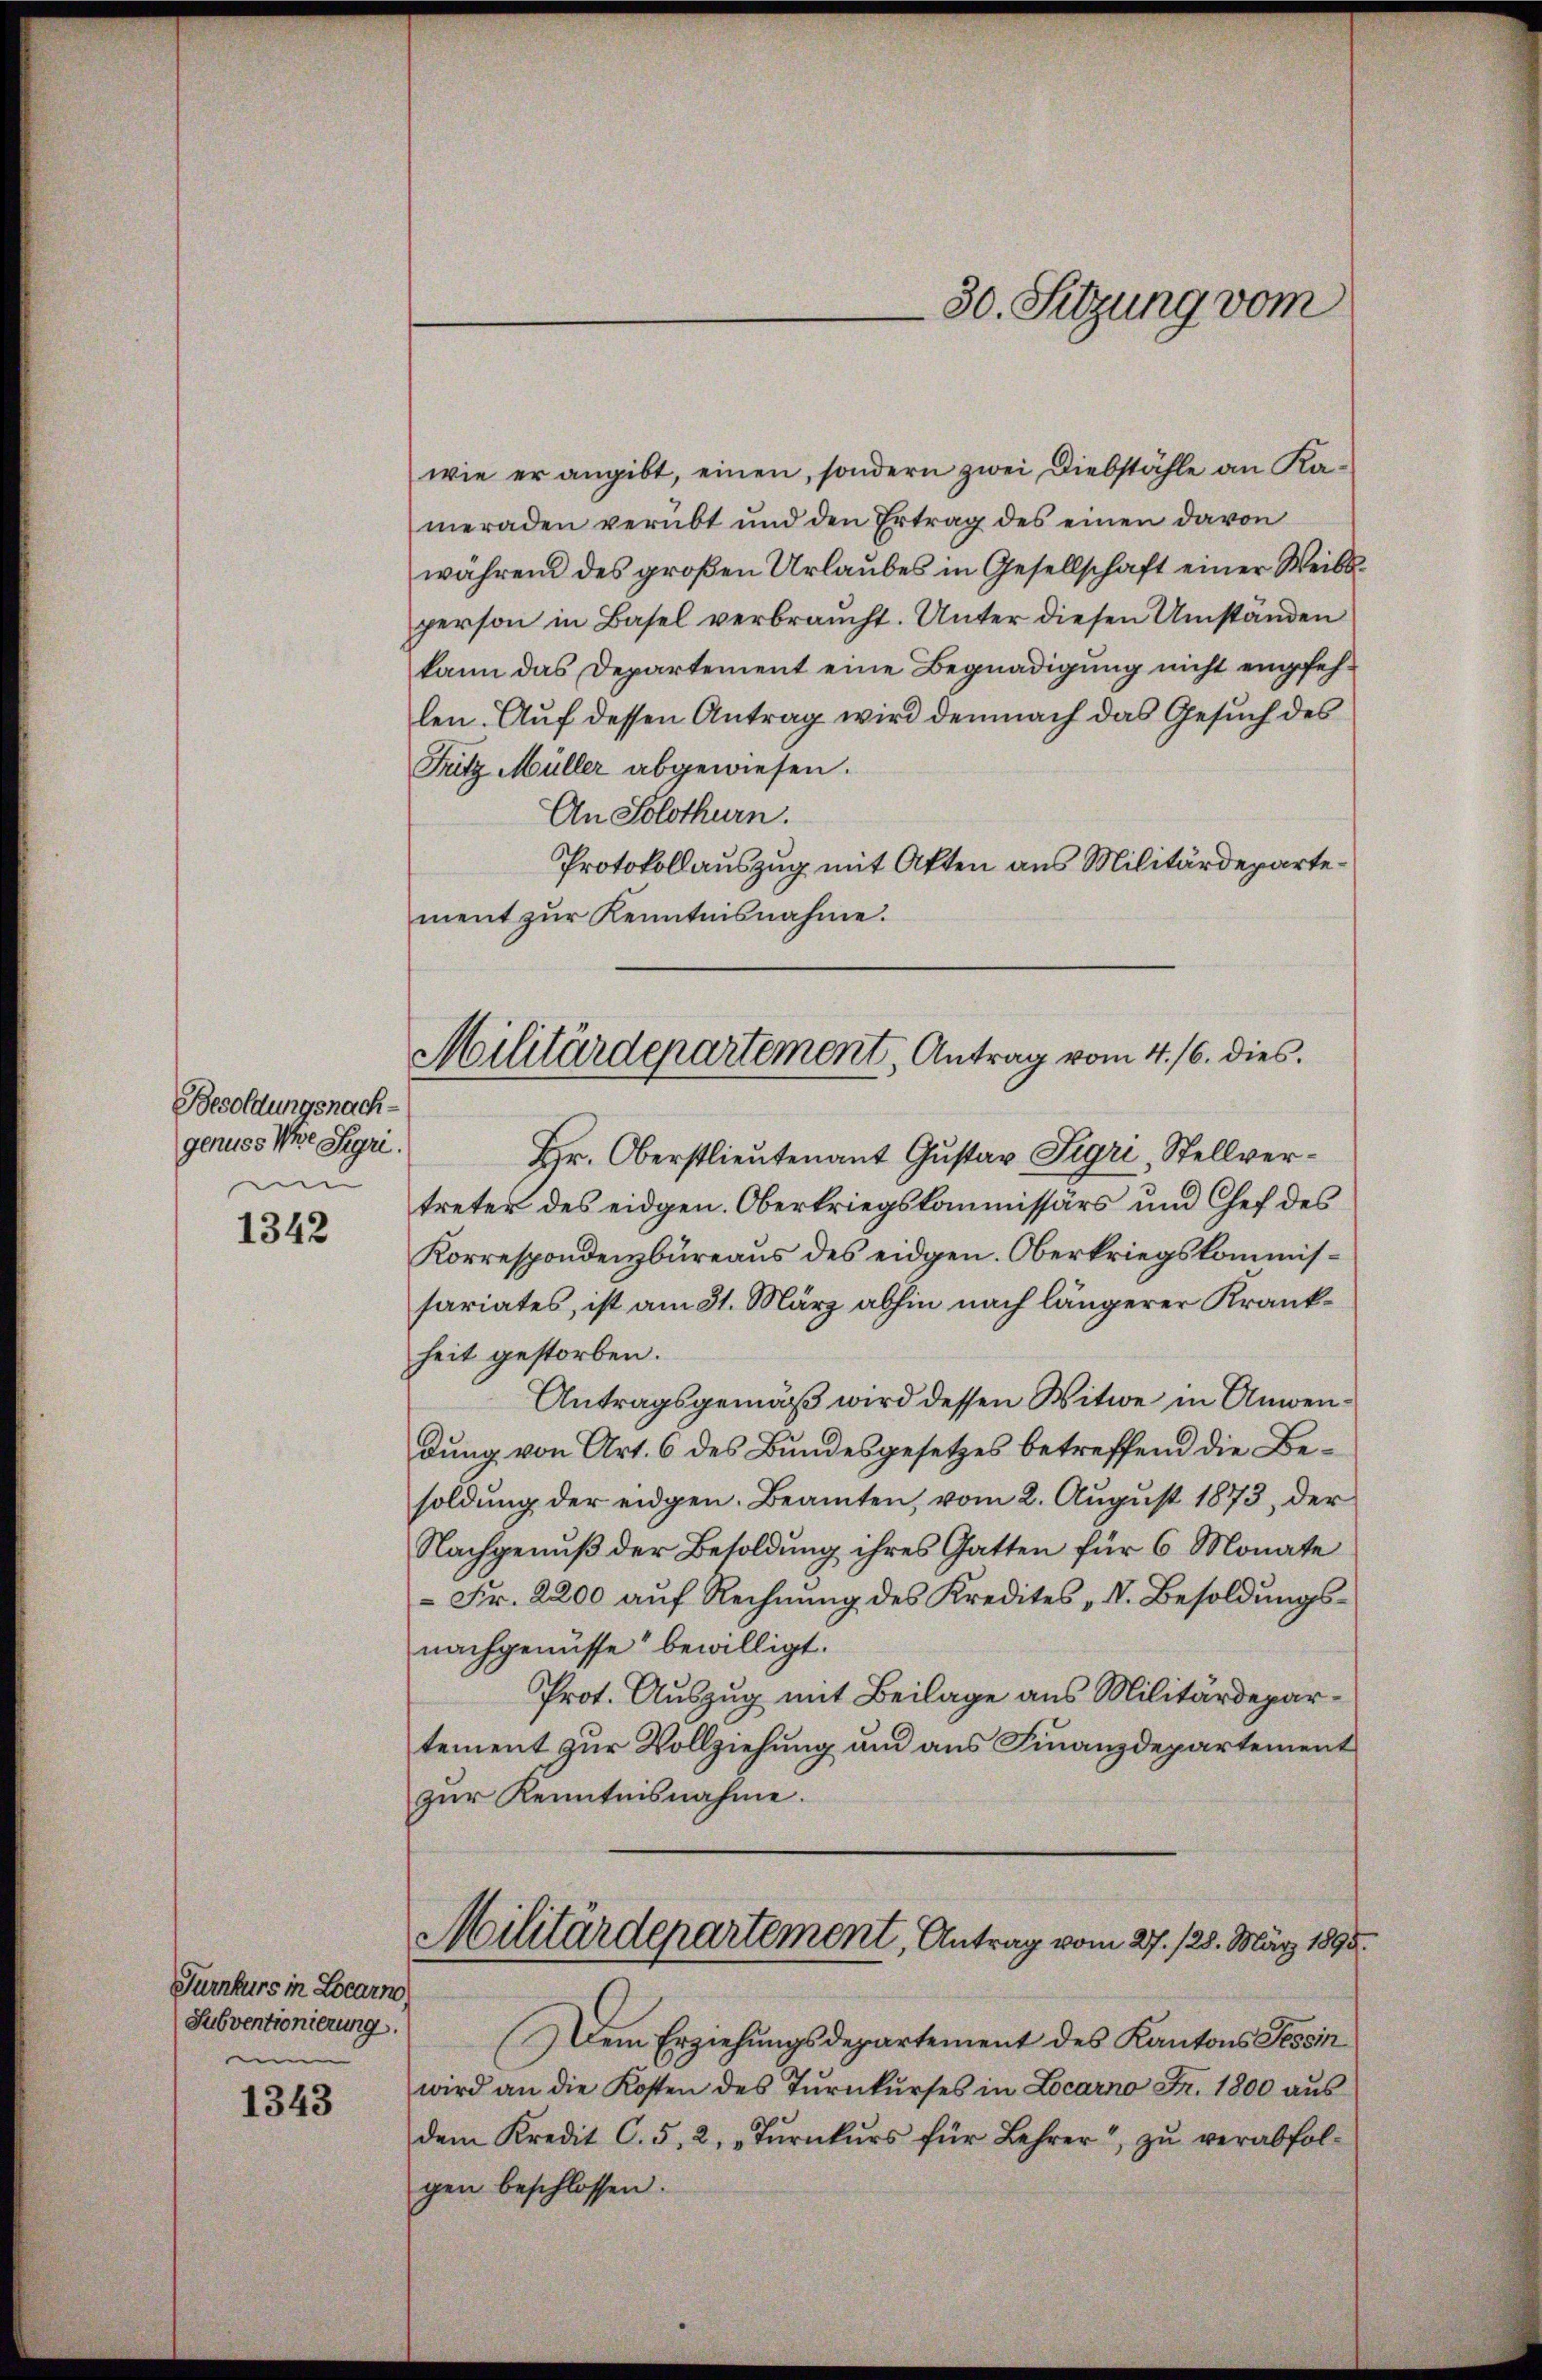
Besoldungsnachgenuss Ihre Sigri.
em

1342

Turnkurs in Locarno
Subventionierung.
n

1343

wie er angibt, einen, sondern zwei Diebstähle an Kameraden verübt und den Ertrag des einen davon
während des großen Urlaubes in Gesellschaft einer Weibsperson in Basel verbraucht. Unter diesen Umständen
kann das Departement eine Begnadigung nicht empfehlen. Auf dessen Antrag wird demnach das Gesuch des
Futz Müller abgewiesen.
An Solothurn.
Protokollauszug mit Akten aus Militärdepartement zur Kenntnisnahme.

Hr. Oberstlieutenant Gustav Sigri, Stellvertreter des eidgen. Oberkriegskommissärs und Chef des
Korrespondenzbüreaus des eidgen. Oberkriegskommissariates, ist am 31. März abhin nach längerer Krankheit gestorben.
Antragsgemäß wird dessen Witwe in Anwendung von Art. 6 des Bundesgesetzes betreffend die Besoldŭng der eidgen. Beamten, vom 2. Aŭgŭst 1873, der
Nachgenuß der Besoldung ihres Gatten für 6 Monate
 Fr. 2200 auf Rechnung des Kredites „ V. Besoldungsnachgenüsse bewilligt.
Prot. Auszug mit Beilage aus Militärdepartement zur Vollziehung und aus Finanzdepartement
zur Kenntnisnahme.
Militärdepartement, Antrag vom 27. 128. März 1895.
Dem Erziehungsdepartement des Kantons Tessin
wird an die Kosten des Tŭrnkŭrses in Locarno Fr. 1800 aŭs
dem Kredit C. 5. 2, „Tŭrnkŭrs für Lehrer zŭ verabfolgen beschlossen:

30. Sitzung vom

Militärdepartement, Antrag vom 4. 16. dies